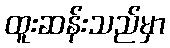
ထူးဆန်းသည်မှာ